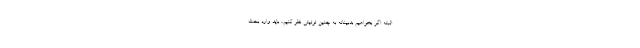
البته اگر بخواهیم بدبینانه به چنین توئیتی نظر کنیم، باید وارد بحث